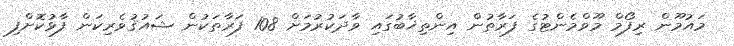
މައުމޫން ރިފޯމް މޫވްމެންޓުގެ ފަރާތުން އިންތިޚާބުގައި ވާދަކުރުމަށް 108 ފަރާތަކުން ޝައުޤުވެރިކަން ފާޅުކޮށްފި